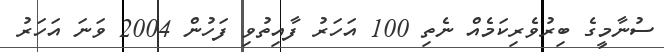
ސުނާމީގެ ބިރުވެރިކަމެއް ނެތި 100 އަހަރު ފާއިތުވި ފަހުން 2004 ވަނަ އަހަރު